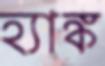
হ্যাঙ্ক